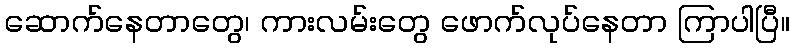
ဆောက်နေတာတွေ၊ ကားလမ်းတွေ ဖောက်လုပ်နေတာ ကြာပါပြီ။